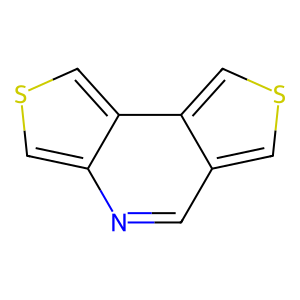
SMILES: c1nc2cscc2c2cscc12
Inhibits HIV replication: No